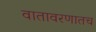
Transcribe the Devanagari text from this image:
वातावरणातच